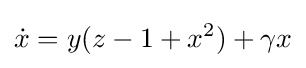
{\dot {x}}=y(z-1+x^{2})+\gamma x